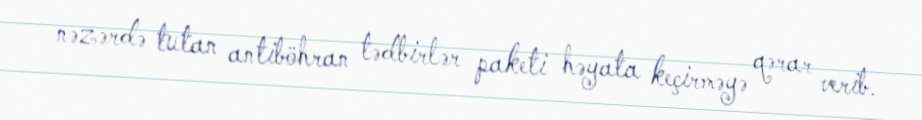
nəzərdə tutan antiböhran tədbirlər paketi həyata keçirməyə qərar verib.